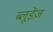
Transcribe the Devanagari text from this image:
ब्लूड़ेंज़